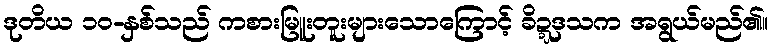
ဒုတိယ ၁၀-နှစ်သည် ကစားမြူးတူးများသောကြောင့် ခိဍ္ဍဒသက အရွယ်မည်၏။